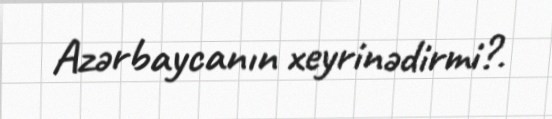
Azərbaycanın xeyrinədirmi?.